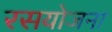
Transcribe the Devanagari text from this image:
रसयोजना